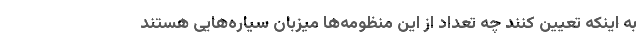
به اینکه تعیین کنند چه تعداد از این منظومه‌ها میزبان سیاره‌هایی هستند